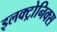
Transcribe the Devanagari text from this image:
इलक्ट्रोनिक्स